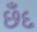
છઁદ